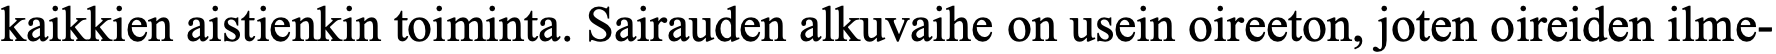
kaikkien aistienkin toiminta. Sairauden alkuvaihe on usein oireeton, joten oireiden ilme-